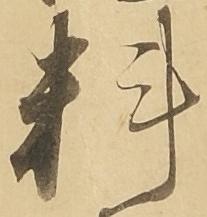
料